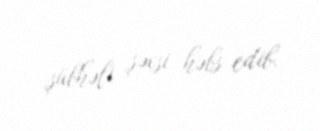
şübhəli şəxsi həbs edib.